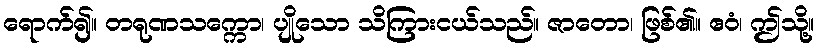
ရောက်၍။ တရုဏသက္ကော၊ ပျိုသော သိကြားငယ်သည်။ ဇာတော၊ ဖြစ်၏။ ဧဝံ၊ ဤသို့။